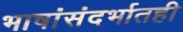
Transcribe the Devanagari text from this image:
भाषांसंदर्भातही